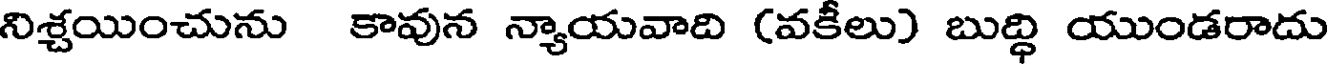
నిశ్చయించును కావున న్యాయవాది (వకీలు) బుద్ధి యుండరాదు